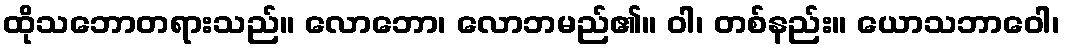
ထိုသဘောတရားသည်။ လောဘော၊ လောဘမည်၏။ ဝါ၊ တစ်နည်း။ ယောသဘာဝေါ၊